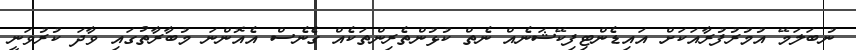
ނުބަލަމޭ އުމުރުފުރާއަކަށް އައިޑެންޓިފިކޭޝަނެއް ނެތް ކުޅުންތެރިންތަކެއް ގެނެސް އެއޮންނަ މުބާރާތުގައި ވާދަ ކުރުވަނީ